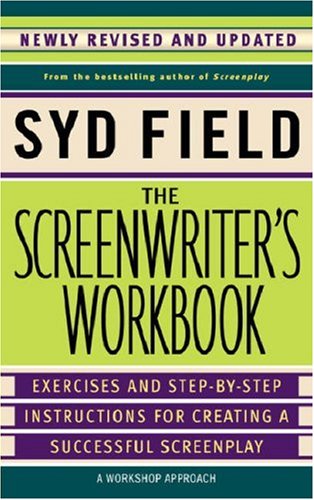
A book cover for The Screenwriter's Workbook (Revised Edition); Syd Field; Humor & Entertainment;